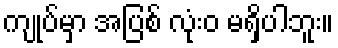
ကျုပ်မှာ အပြစ် လုံးဝ မရှိပါဘူး။